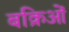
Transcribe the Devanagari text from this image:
बक्रिओं